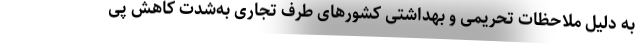
به دلیل ملاحظات تحریمی و بهداشتی کشورهای طرف تجاری به‌شدت کاهش پی